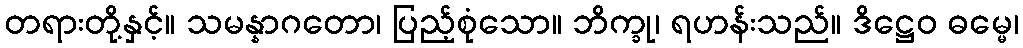
တရားတို့နှင့်။ သမန္နာဂတော၊ ပြည့်စုံသော။ ဘိက္ခု၊ ရဟန်းသည်။ ဒိဋ္ဌေဝ ဓမ္မေ၊